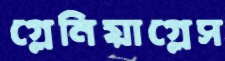
গ্লেনিয়াগ্লেস